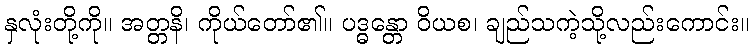
နှလုံးတို့ကို။ အတ္တနိ၊ ကိုယ်တော်၏။ ပဒ္ဓန္တော ဝိယစ၊ ချည်သကဲ့သို့လည်းကောင်း။